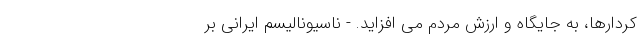
کردارها، به جایگاه و ارزش مردم می افزاید. - ناسیونالیسم ایرانی بر